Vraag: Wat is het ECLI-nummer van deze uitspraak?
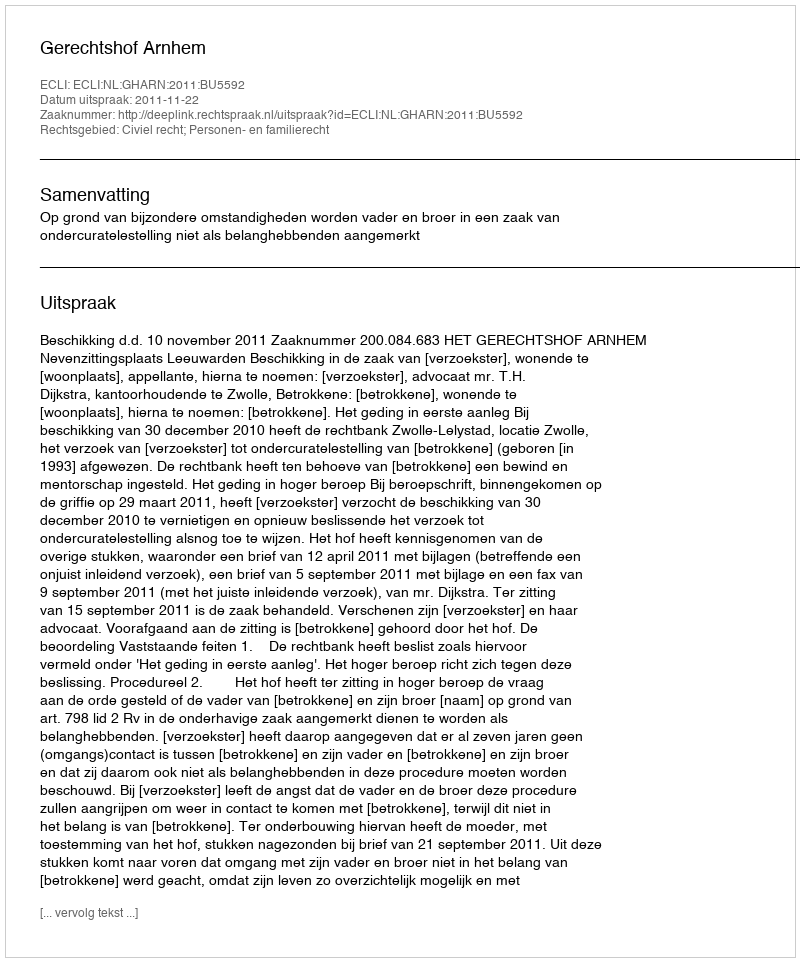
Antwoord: ECLI:NL:GHARN:2011:BU5592